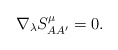
\begin{align*}\nabla _{\lambda }S_{AA^{\prime }}^{\mu }=0. \end{align*}